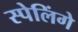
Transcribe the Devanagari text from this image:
स्पेलिंगे